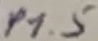
Text: P1.5